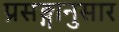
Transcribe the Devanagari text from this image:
प्रसङ्गानुसार